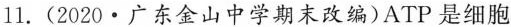
11.(2020·广东金山中学期末改编)ATP是细胞